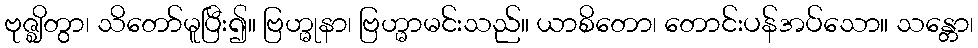
ဗုဇ္ဈိတွာ၊ သိတော်မူပြီး၍။ ဗြဟ္မုနာ၊ ဗြဟ္မာမင်းသည်။ ယာစိတော၊ တောင်းပန်အပ်သော။ သန္တော၊